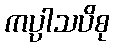
ကပ္ပါသပိစု